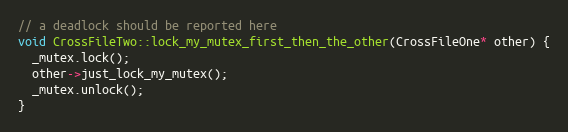
Language: C++
// a deadlock should be reported here
void CrossFileTwo::lock_my_mutex_first_then_the_other(CrossFileOne* other) {
  _mutex.lock();
  other->just_lock_my_mutex();
  _mutex.unlock();
}